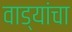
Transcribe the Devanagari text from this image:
वाड्यांचा